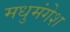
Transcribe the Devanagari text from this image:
मधुमंगेश